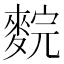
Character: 䴷